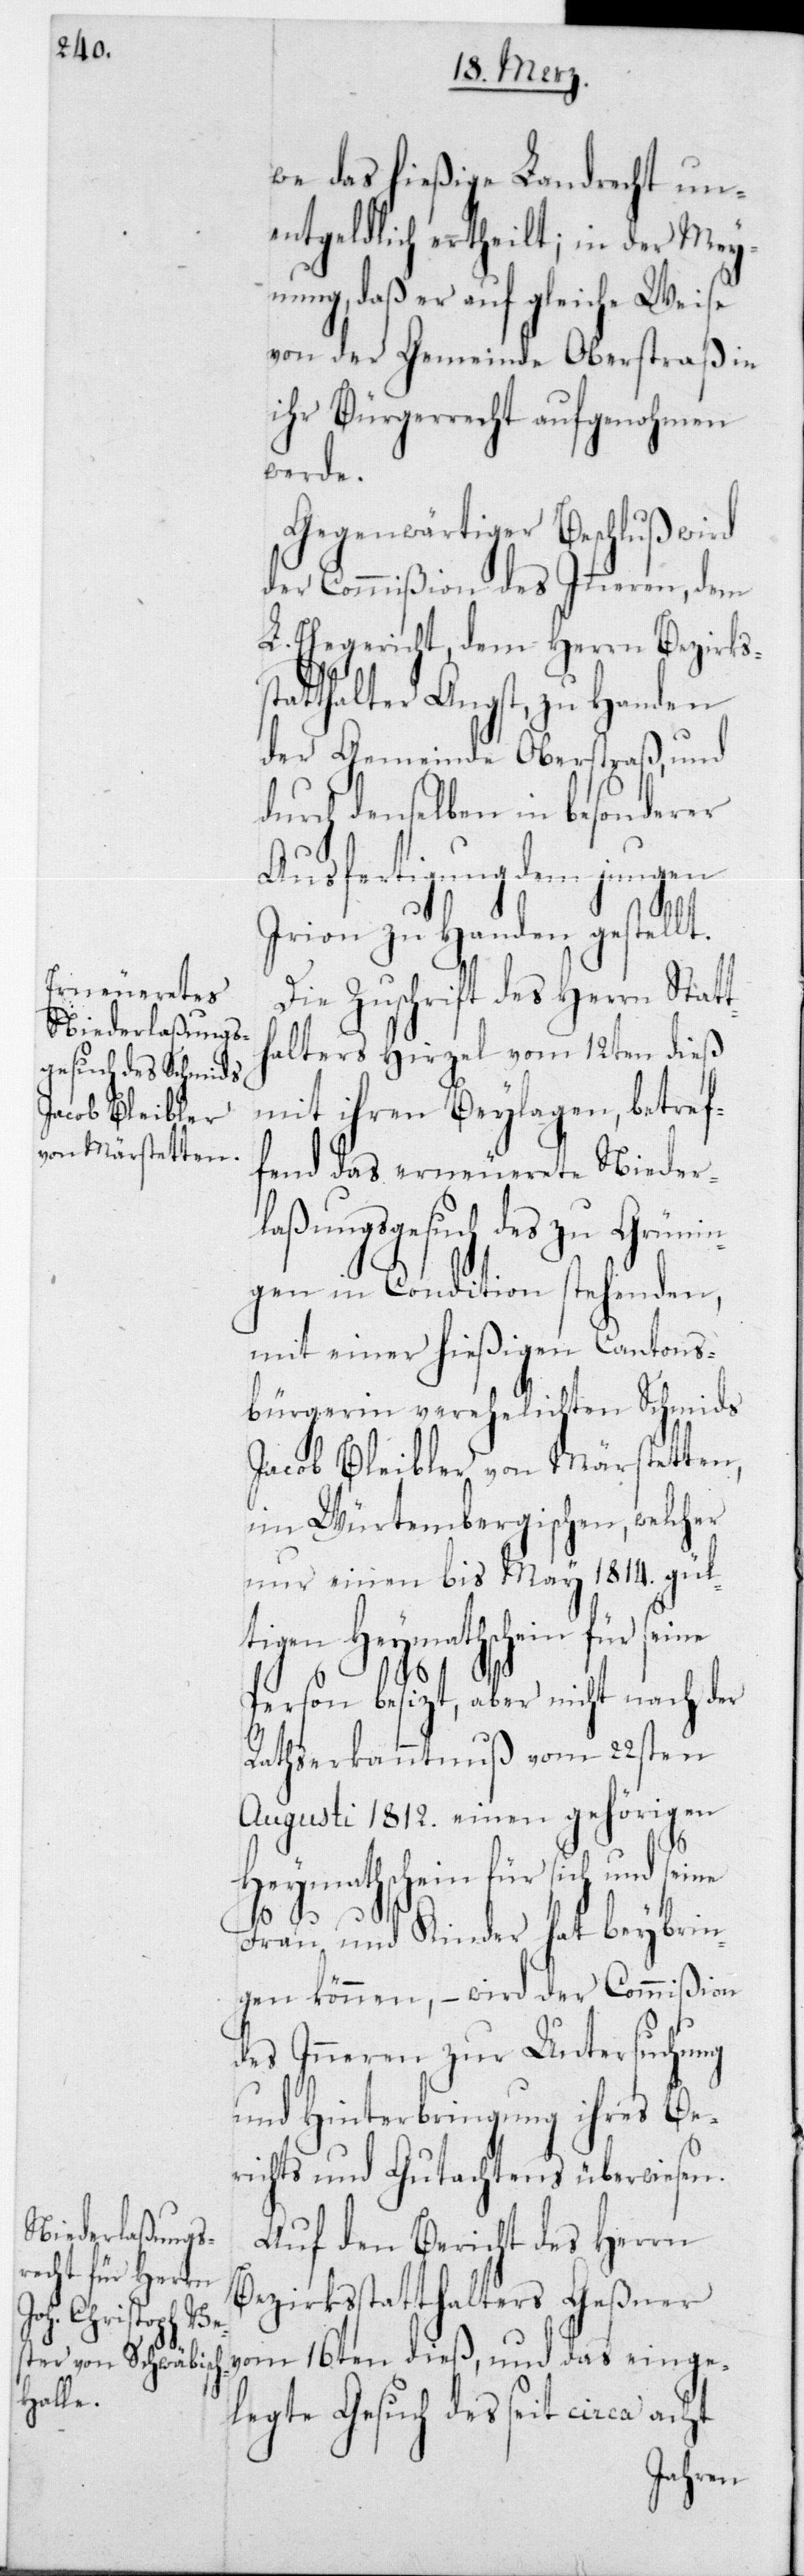
we das hießige Landrecht un¬
entgeldlich ertheilt; in der Mey¬
nung, daß er auf gleiche Weise
von der Gemeinde Oberstraß in
ihr Bürgerrecht aufgenohmen
werde.
Gegenwärtiger Beschluß wird
der Commißion des Innern, dem
L. Ehegericht, dem Herrn Bezirks¬
statthalter Angst, zu Handen
der Gemeinde Oberstraß, und
durch denselben in besonderer
Ausfertigung dem jungen
Irion zu Handen gestellt.
Die Zuschrift des Herrn Statt¬
halter Hirzel vom 12ten dies
mit ihren Beylagen, betref¬
fend das erneuerete Nieder¬
ßungs-Gesuch des zu Grün¬
ingen in Condition stehenden,
mit einer hießigen Cantons¬
bürgerin verehelichten Schmids
Jacob Bleibler von Märstetten,
im Würtembergischen, welcher
nur einen bis May 1814 gül¬
tigen Heymathschein für seine
Person besizt, aber nicht nach der
Rathserkanntnuß vom 22sten
Augusti 1812 einen gehörigen
la¬
Heymathschein für sich und seine
Frau und Kinder hat beybrin¬
gen können, – wird der Commißion
des Innern zur Untersuchung
und Hinterbringung ihres Be¬
richts und Gutachtens überwiesen.
Auf den Bericht des Herrn
Bezirksstatthalters Geßner
vom 16ten dieß, und das einge¬
legte Gesuch des seit circa acht